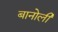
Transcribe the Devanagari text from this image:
बानोली